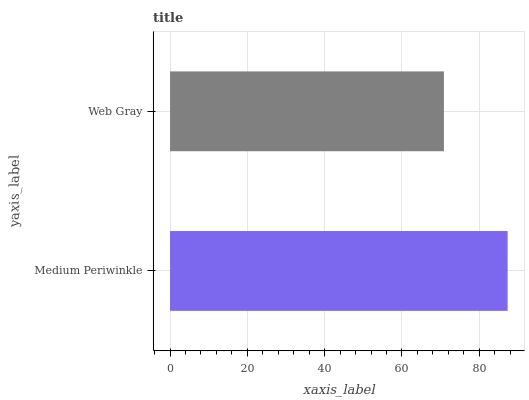
| yaxis_label | bars |
 | --- | --- |
 | Medium Periwinkle | 87.3 |
 | Web Gray | 70.9 |